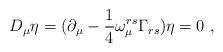
LaTeX: \begin{align*}D_{\mu} \eta = (\partial_\mu- \frac{1}{4} \omega_{\mu}^{rs} \Gamma_{rs} ) \eta = 0 ~,\end{align*}